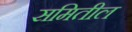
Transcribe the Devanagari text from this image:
समितील